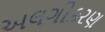
અલગીકરણ